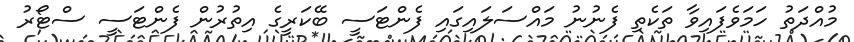
މުއްދަތު ހަމަވެފައިވާ ތަކެތި ފެނުނު މައްސަލައިގައި ފެންޓަސީ ބޭކަރީގެ އިތުރުން ފެންޓަސީ ސްޓޯރު